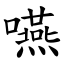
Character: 嚥